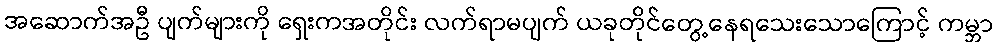
အဆောက်အဦ ပျက်များကို ရှေးကအတိုင်း လက်ရာမပျက် ယခုတိုင်တွေ့နေရသေးသောကြောင့် ကမ္ဘာ